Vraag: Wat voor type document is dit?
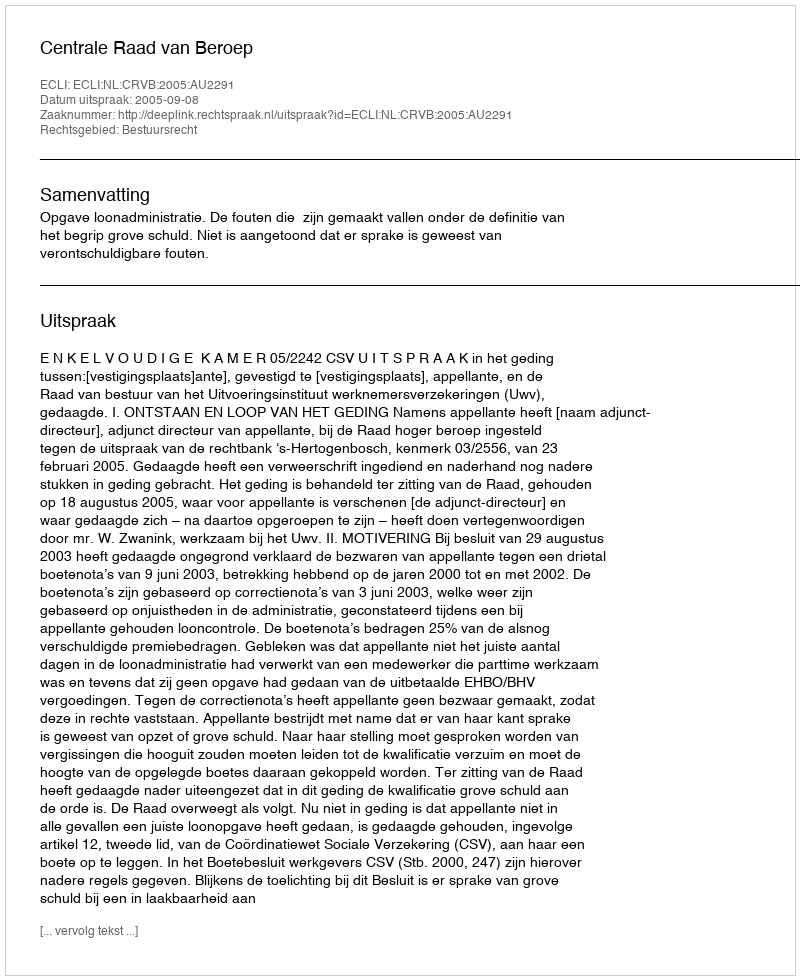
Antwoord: Uitspraak